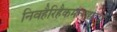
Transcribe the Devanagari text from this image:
निवहैरिहैकमत्याद्यददुष्टं